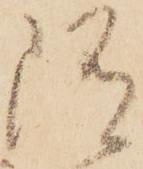
随